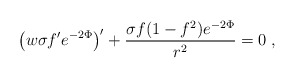
\begin{align*}\left(w \sigma f' e^{-2\Phi}\right)' + \frac{\sigma f (1 - f^2)e^{-2\Phi}}{r^2} = 0\; ,\end{align*}